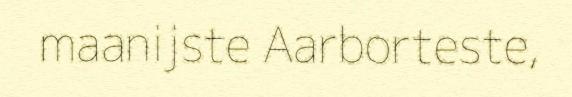
maanijste Aarborteste,